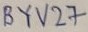
Text: BYV27